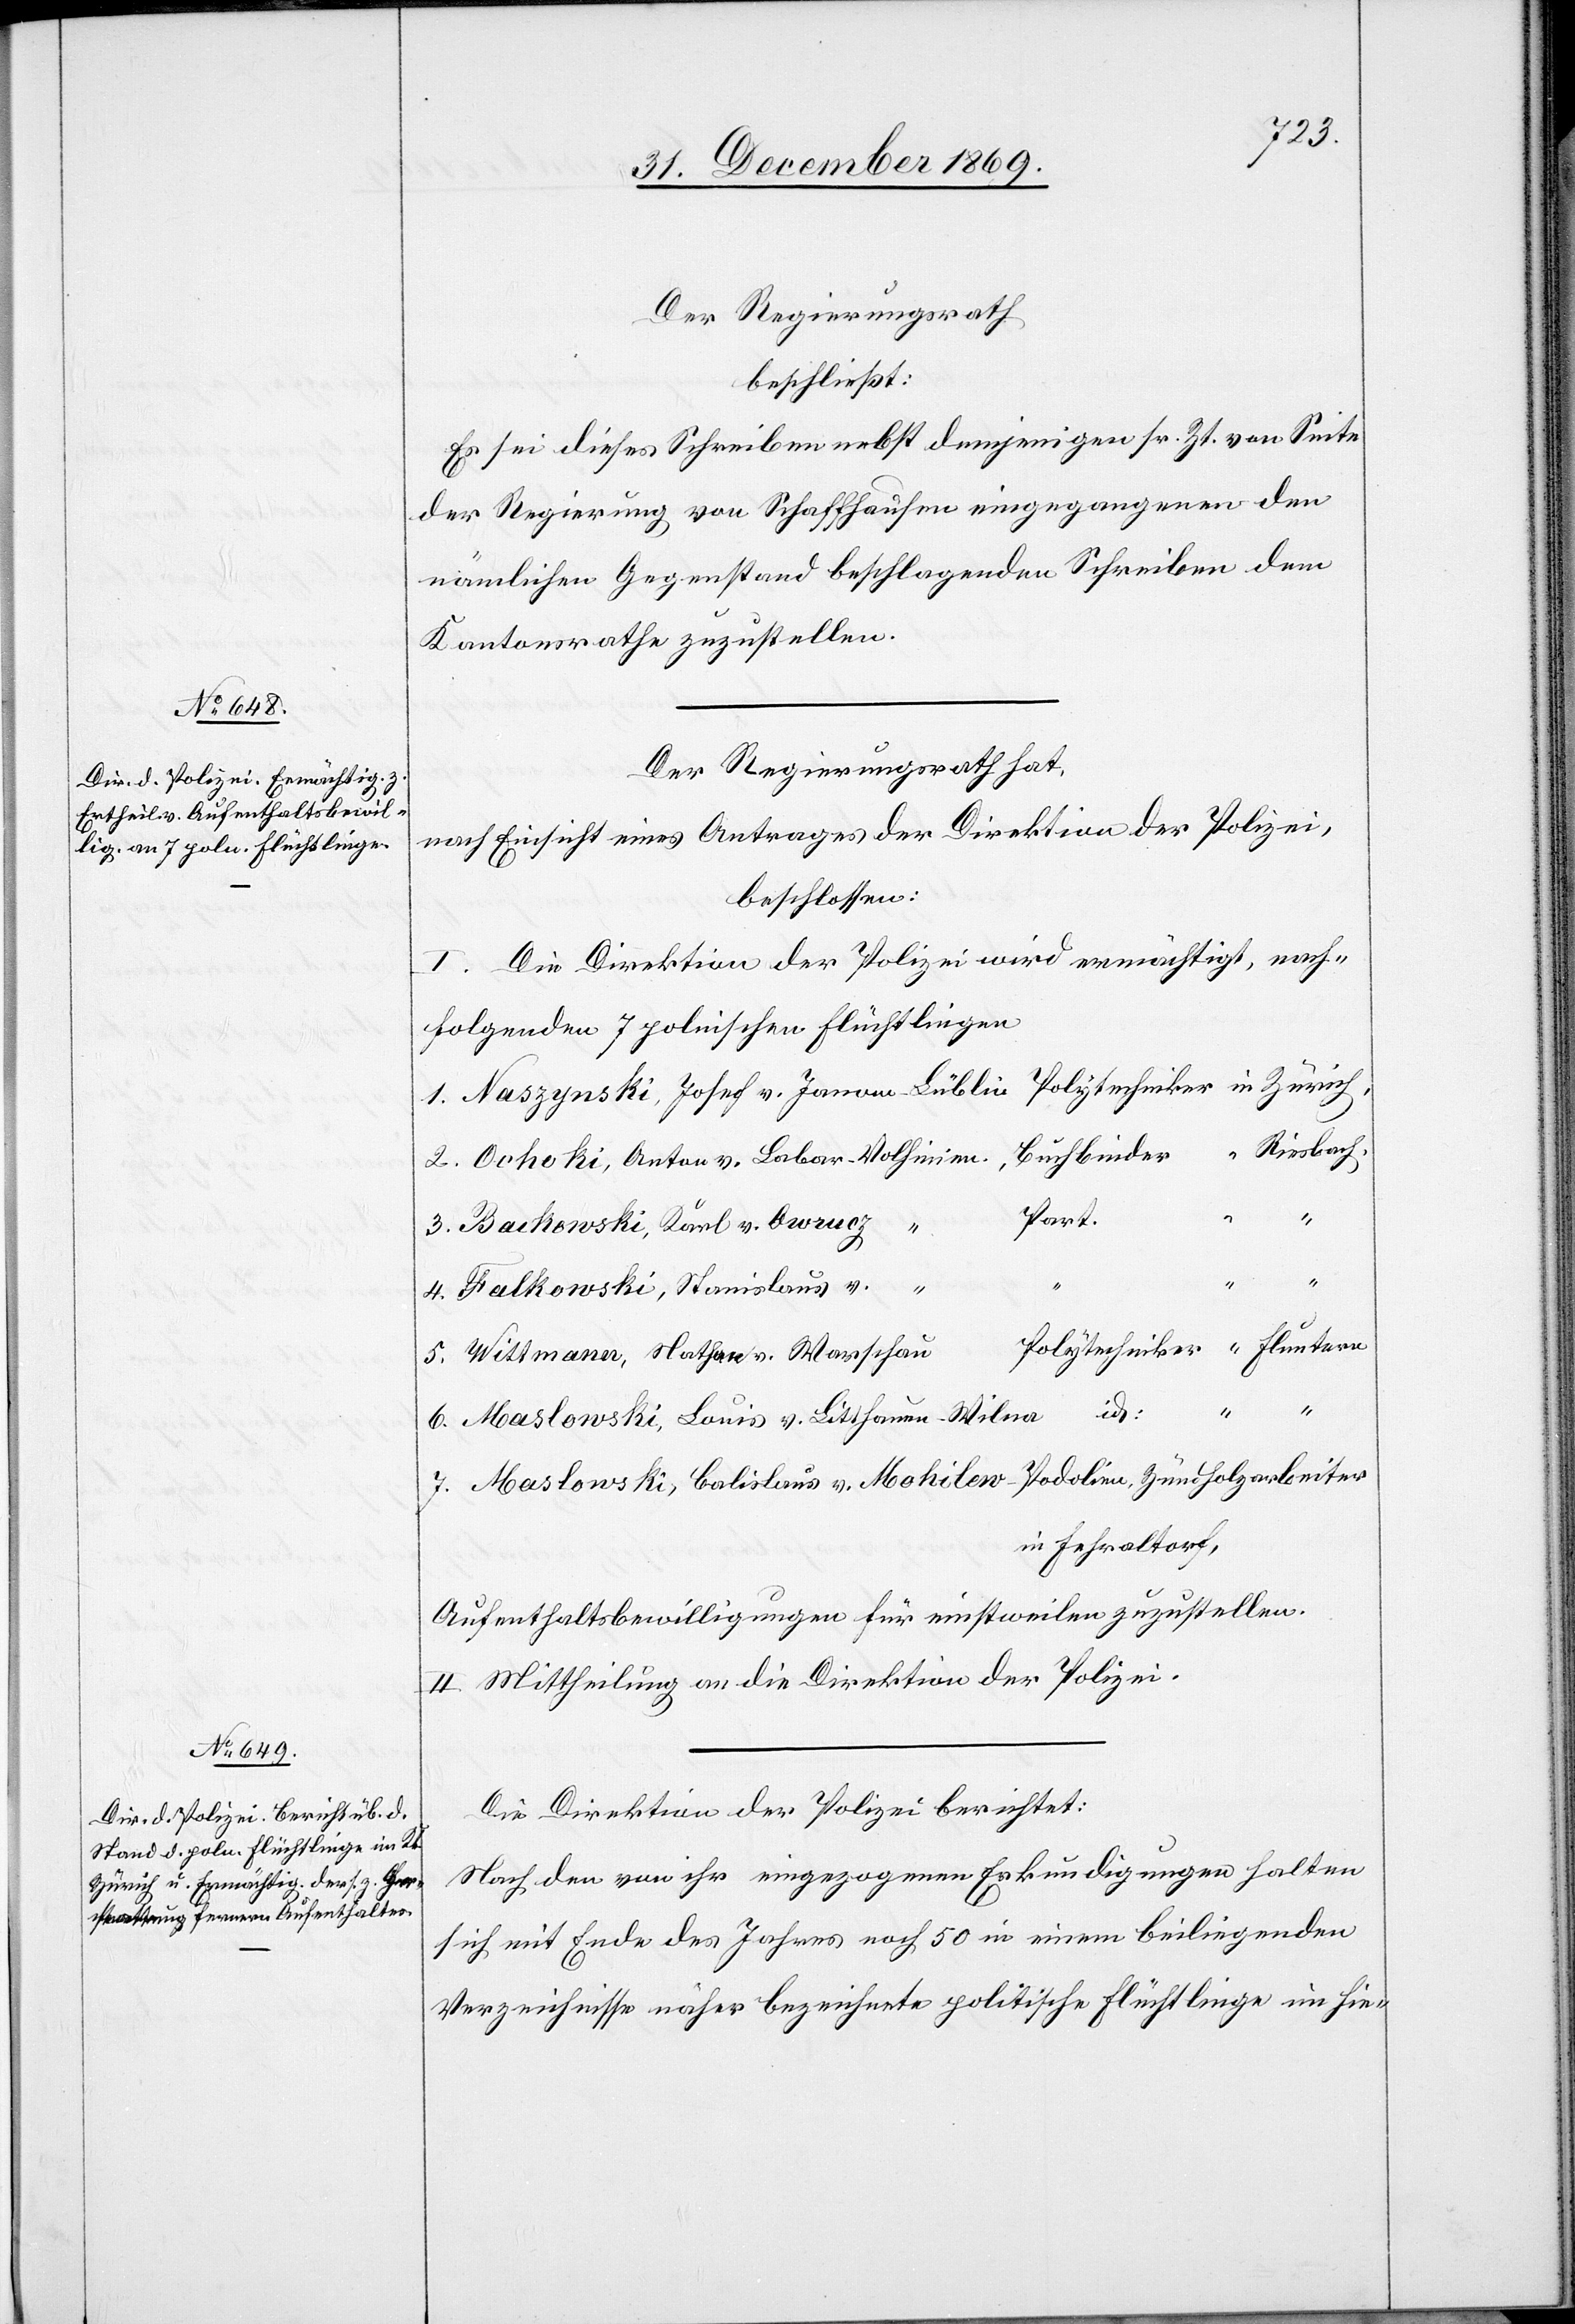
Der Regierungsrath
beschließt:
Es sei dieses Schreiben nebst demjenigen sr. Zt. von Seite
der Regierung von Schaffhausen eingegangenen den
nämlichen Gegenstand beschlagenden Schreiben dem
Kantonsrathe zuzustellen.
Der Regierungsrath hat,
nach Einsicht eines Antrages der Direktion der Polizei,
beschlossen:
I. Die Direktion der Polizei wird ermächtigt, nach¬
folgenden 7 polnischen Flüchtlingen
1. Naszynski, Josef v. Janom - Lüblin Polytechniker in Zürich,
2. Ochoki, Anton v. Labar - Volhinien, Buchbinder “ Riesbach,
“
Part.
3. Bachowski, Karl v. Owrucz
4. Falkowski, Stanislaus v. “
Polytechniker “ Fluntern
5. Wittmann, Nathan v. Warschau
6. Maslowski, Louis v. Litthauen - Wilna id:
7. Maslowski, Balislaus v. Mohilew - Podolien, Zündholzarbeiter
in Fehraltorf,
Aufenthaltsbewilligungen für einstweilen zuzustellen.
II. Mittheilung an die Direktion der Polizei.
Die Direktion der Polizei berichtet:
Nach den von ihr eingezogenen Erkundigungen halten
sich mit Ende des Jahres noch 50 in einem beiliegenden
Verzeichnisse näher bezeichnete politische Flüchtlinge im hie-